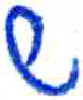
אות: ש